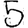
Digit: 5